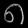
Digit: ၈